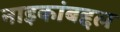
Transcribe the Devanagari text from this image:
नाइकांबद्दल